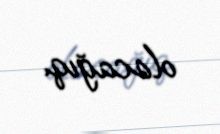
olacağıq.